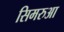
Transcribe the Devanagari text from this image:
सिमरुआ